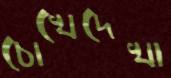
চোখেদেখা